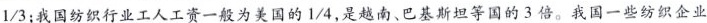
\frac{1}{3}；我国纺织行业工人工资一般为美国的\frac{1}{4}，是越南、巴基斯坦等国的3倍。我国一些纺织企业